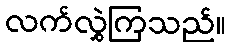
လက်လွှဲကြသည်။